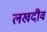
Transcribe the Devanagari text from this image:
लखदीव